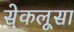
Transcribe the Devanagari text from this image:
सेकलूसा